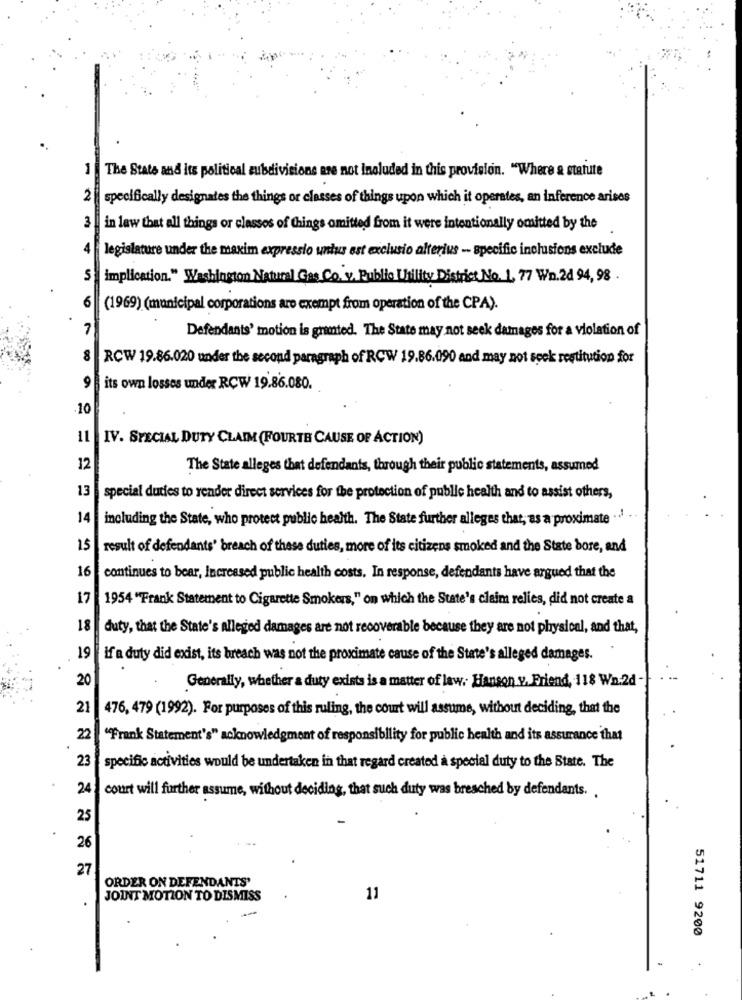
The State and its political subdivisions are not included in this provision. "Where & statute
2
specifically designates the things or classes of things upon which it operates, an inference arises
3
in law that all things or classes of things omitted from it were intentionally omitted by the
4
legislature under the maxim expressio untus ast exclusio alterius - specific inclusions exclude
S implication." Washington Natural Gas Co. v. Public Utility District No. 1. 77 Wn.2d 94, 98 .
6
(1969) (municipal corporations are exempt from operation of the CPA).
7
Defendants' motion is granted. The State may not seek damages for a violation of
8
RCW 19.86.020 under the second paragraph of RCW 19.86.090 and may not spek restitution for
9
its own losses under RCW 19.86.080.
.10
11
IV. SPECIAL DUTY CLAIM (FOURTE CAUSE OF ACTION)
12
The State alleges that defendants, through their public statements, assumed
13
special duties to render direct services for the protection of public health and to assist others,
14
including the State, who protect public health. The State further alleges that, as a proximate .. '
15
result of defendants' breach of these duties, more of its citizens smoked and the State bore, and
16
continues to bear, Increased public health costs. In response, defendants have argued that the
17
1954 "Frank Statement to Cigarette Smokers," on which the State's claim relies, did not create a
18
duty, that the State's alleged damages are not recoverable because they are not physical, and that,
19
If a duty did exist, its breach was not the proximate cause of the State's alleged damages.
20
Generally, whether a duty exists is a matter of law. Hanson v. Friend, 118 Wn:2d -
21
476, 479 (1992). For purposes of this ruling, the court will assume, without deciding, that the
22
"Frank Statement's" acknowledgment of responsibility for public health and its assurance that
23
specific activities would be undertaken in that regard created a special duty to the State. The
24
court will further assume, without deciding, that such duty was breached by defendants.
25
26
27
ORDER ON DEFENDANTS'
JOINT MOTION TO DISMISS
11
51711 9200